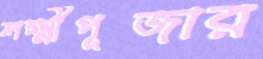
লক্ষ্মীপূজার